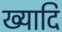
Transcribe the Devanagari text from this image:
ख्यादि